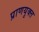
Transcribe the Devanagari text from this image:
प्राणयुक्त